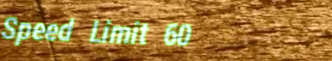
Speed Limit 60